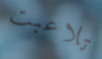
تلاعبت